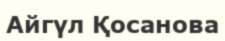
Айгүл Қосанова